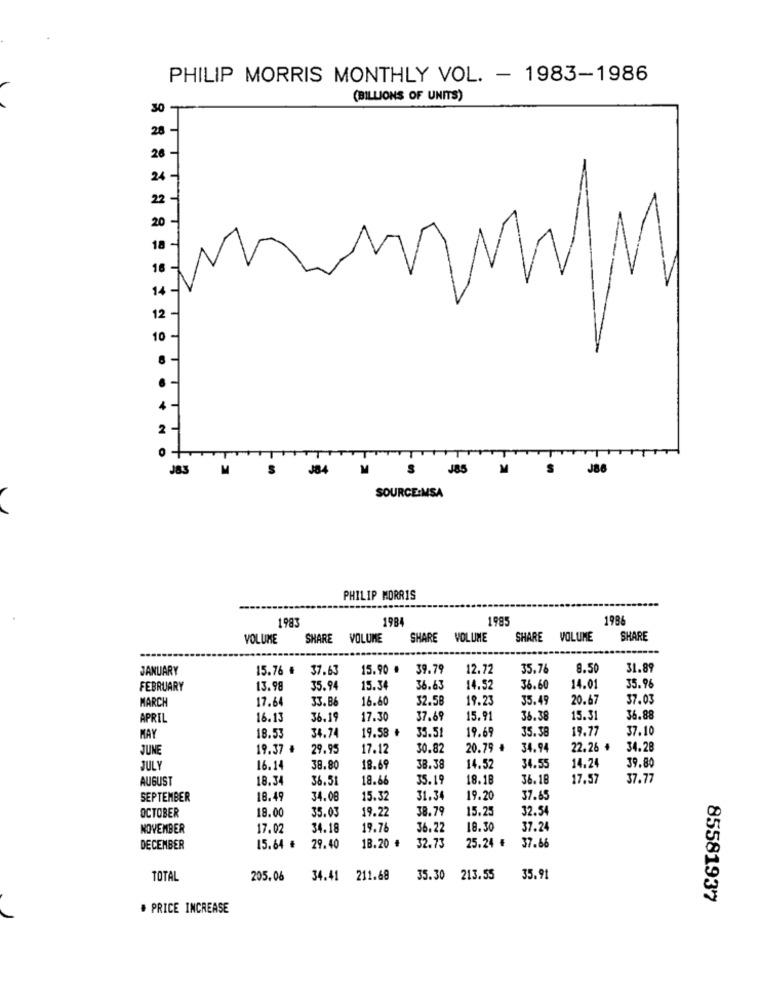
PHILIP MORRIS MONTHLY VOL. - 1983-1986
(BILLIONS OF UNITS)
30
28
26
24
22
20
18
16 -
W/M
14
12
10
2-
0
TT
J83
M
J84
J85
M
S
SOURCE:MSA
PHILIP MORRIS
198:
1984
1985
1986
VOLUME
SHARE
VOLUME
SHARE
VOLUME
SHARE
VOLUME
SHARE
JANUARY
15.76 #
37.63
15.90 #
39.79
12.72
35.76
8.50
31.89
35.96
FEBRUARY
13.98
35.94
15.34
36.63
14.52
36.60
14.01
MARCH
17.64
33.86
16.60
32.58
19.23
35.49
20.67
37.03
APRIL
16.13
36.19
17.30
37.69
15.91
36.38
15.31
36.88
34.74
19.58 +
35.51
19.69
35.38
19.77
37.10
MAY
18.53
JUNE
19.37 .
29.95
17.12
30.82
20.79 €
34.94
22.26 +
34.28
39.80
JUL
16.14
38.80
18.69
38.38
14.52
34.55
14.24
AUGUST
18.3
36.51
18.66
35.19
8.18
36.18
17.57
37.77
SEPTEMBER
18.49
34.08
15.32
31.34
19.20
37.65
OCTOBER
18.00
35.03
19.22
38.79
15.25
32.54
NOVEMBER
17.07
34.18
19.76
36.22
18.30
37.24
32.73
37.68
DECEMBER
15.64 €
29.40
18.20 #
25.24 ₺
TOTAL
205.06
34.41 211.68
35.30
213.55
35.91
85581937
. PRICE INCREASE